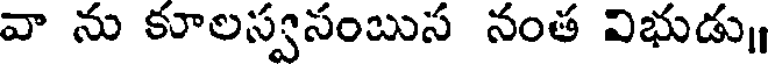
వా ను కూలస్వసంబుస నంత విభుడు